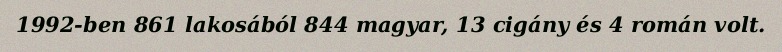
1992-ben 861 lakosából 844 magyar, 13 cigány és 4 román volt.